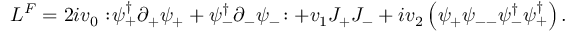
{ \cal L } ^ { F } = 2 i v _ { 0 } : \! \psi _ { + } ^ { \dagger } \partial _ { + } \psi _ { + } + \psi _ { - } ^ { \dagger } \partial _ { - } \psi _ { - } \! : + v _ { 1 } J _ { + } J _ { - } + i v _ { 2 } \left( \psi _ { + } \psi _ { -- } \psi _ { - } ^ { \dagger } \psi _ { + } ^ { \dagger } \right) .